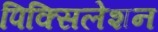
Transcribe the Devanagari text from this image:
पिक्सिलेशन